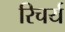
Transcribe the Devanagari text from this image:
रिचर्य